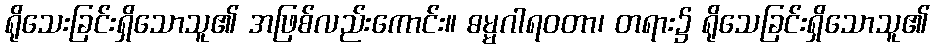
ရိုသေးခြင်းရှိသောသူ၏ အဖြစ်လည်းကောင်း။ ဓမ္မဂါရဝတာ၊ တရား၌ ရိုသေခြင်းရှိသောသူ၏